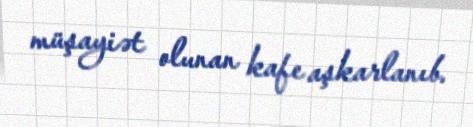
müşayiət olunan kafe aşkarlanıb.